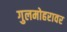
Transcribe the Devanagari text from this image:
गुलमोहरावर